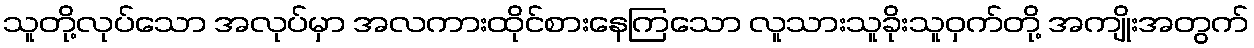
သူတို့လုပ်သော အလုပ်မှာ အလကားထိုင်စားနေကြသော လူသားသူခိုးသူဝှက်တို့ အကျိုးအတွက်